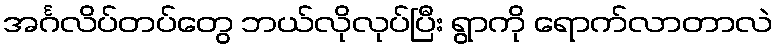
အင်္ဂလိပ်တပ်တွေ ဘယ်လိုလုပ်ပြီး ရွာကို ရောက်လာတာလဲ